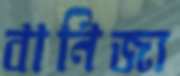
বানিজ্য